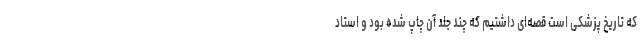
که تاریخ پزشکی است قصه‌ای داشتیم که چند جلد آن چاپ شده بود و استاد